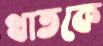
থাতকে